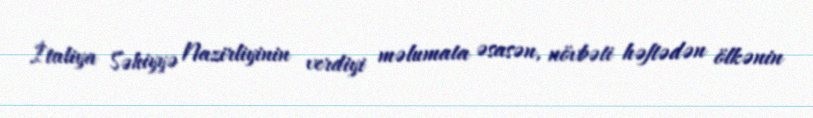
İtaliya Səhiyyə Nazirliyinin verdiyi məlumata əsasən, növbəti həftədən ölkənin